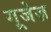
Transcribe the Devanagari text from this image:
गूजेज़